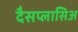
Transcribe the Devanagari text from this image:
दैसप्लासिअ